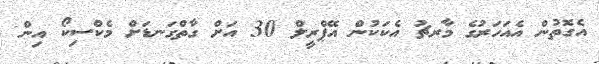
އެގޮތުން އެއަހަރުގެ މާރޗު އެކަކުން އޭޕްރީލް 30 އަށް ގާތްގަނޑަށް މެކްސިކޯ އިން